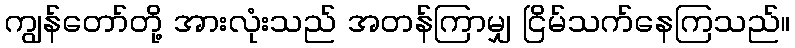
ကျွန်တော်တို့ အားလုံးသည် အတန်ကြာမျှ ငြိမ်သက်နေကြသည်။